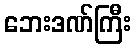
ဘေးဒဏ်ကြီး